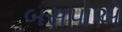
બસપાએ